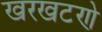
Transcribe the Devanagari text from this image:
खरखटणे